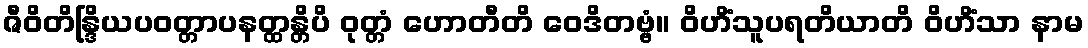
ဇီဝိတိန္ဒြိယပဝတ္တာပနတ္ထန္တိပိ ဝုတ္တံ ဟောတီတိ ဝေဒိတဗ္ဗံ။ ဝိဟိံသူပရတိယာတိ ဝိဟိံသာ နာမ